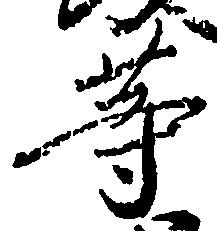
等